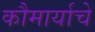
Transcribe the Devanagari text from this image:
कौमार्याचे